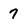
Character: 7